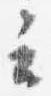
云